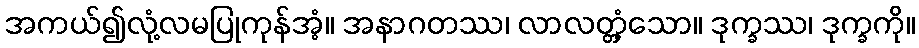
အကယ်၍လုံ့လမပြုကုန်အံ့။ အနာဂတဿ၊ လာလတ္တံ့သော။ ဒုက္ခဿ၊ ဒုက္ခကို။